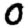
Digit: 0